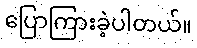
ပြောကြားခဲ့ပါတယ်။